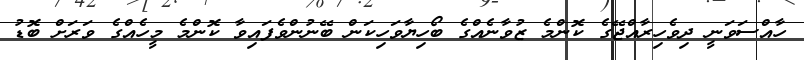
ހާއްސަވަނީ ދިވެހިރާއްޖޭގެ ކޮންމެ ޒުވާނެއްގެ ބޯހިޔާވަހިކަން ބޭނުންވެފައިވާ ކޮންމެ މީހެއްގެ ވަރަށް ބޮޑު